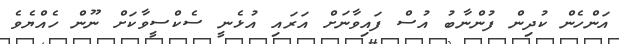
އަންހެން ކުދިން ފުންނާބު އުސް ފައިވާނަށް އަރައި އުޅެނީ ސެކްސީވާކަށް ނޫން ހެއްޔެވެ